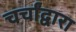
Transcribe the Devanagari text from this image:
चर्चांद्वारा